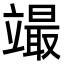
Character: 𥪳